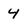
Character: 4